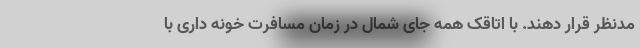
مدنظر قرار دهند. با اتاقک همه جای شمال در زمان مسافرت خونه داری با